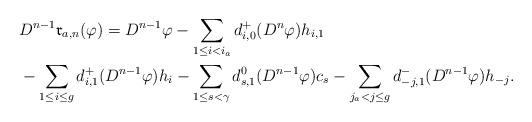
LaTeX: \begin{align*}&D^{n-1}\mathfrak{r}_{a,n}(\varphi)=D^{n-1}\varphi-\sum_{1\leq i<i_a}d^+_{i,0}(D^n\varphi)h_{i,1}\\&-\sum_{1\leq i\leq g}d^+_{i,1}(D^{n-1}\varphi)h_{i}-\sum_{1\leq s<\gamma}d^0_{s,1}(D^{n-1}\varphi)c_{s}-\sum_{j_a< j\leq g}d^-_{-j,1}(D^{n-1}\varphi)h_{-j}.\end{align*}